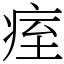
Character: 痓